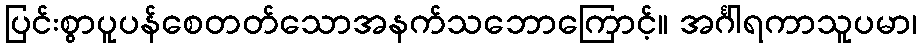
ပြင်းစွာပူပန်စေတတ်သောအနက်သဘောကြောင့်။ အင်္ဂါရကာသူပမာ၊